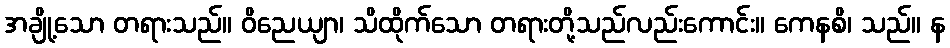
အချို့သော တရားသည်။ ဝိညေယျာ၊ သိထိုက်သော တရားတို့သည်လည်းကောင်း။ ကေနစိ၊ သည်။ န